Statistics of inoculations with Haffkine's anti-plague vaccine 1897-1900
Year: 1897
Disease focus: Plague
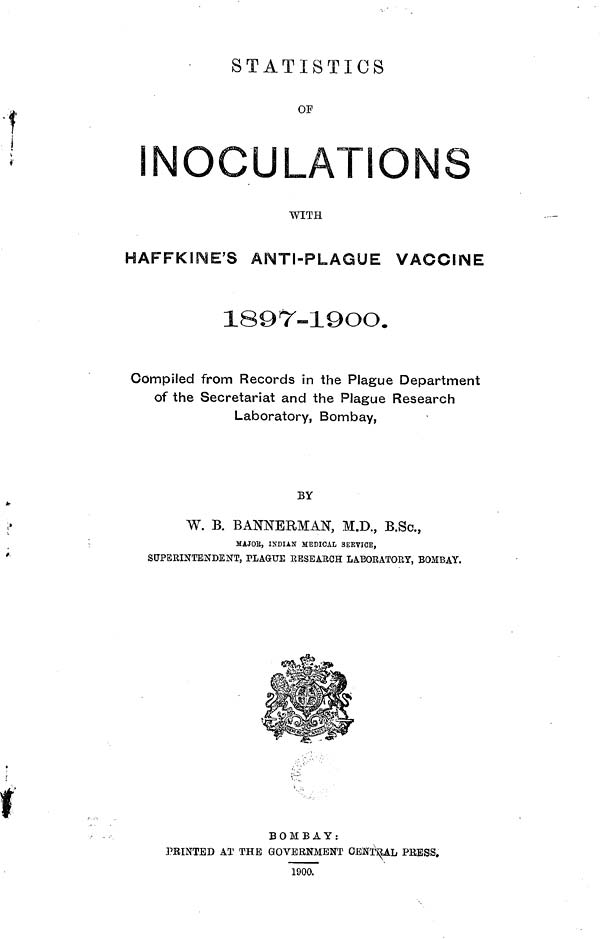
STATISTICS
OF INOCULATIONS
WITH
HAFFKINE'S ANTI-PLAGUE VACCINE
1897-19OO.
Compiled from Records in the Plague Department
of the Secretariat and the Plague Research
Laboratory, Bombay,
BY
W. B. BANNERMAN, M.D., B.Sc.,
MAJOB, INDIAN MEDICAL SERVICE,
SUPERINTENDENT, PLAQUE RESEARCH LABORATORY, BOMBAY.
BOMBAY:
PRINTED AT THE GOVERNMENT CENTRAL PRESS,
1900.